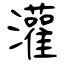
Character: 灌